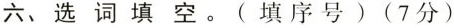
六、选词填空。(填序号)(7分)